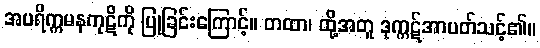
အပရိက္ကမနကုဋိကို ပြုခြင်းကြောင့်။ တထာ၊ ထို့အတူ ဒုက္ကဋ်အာပတ်သင့်၏။